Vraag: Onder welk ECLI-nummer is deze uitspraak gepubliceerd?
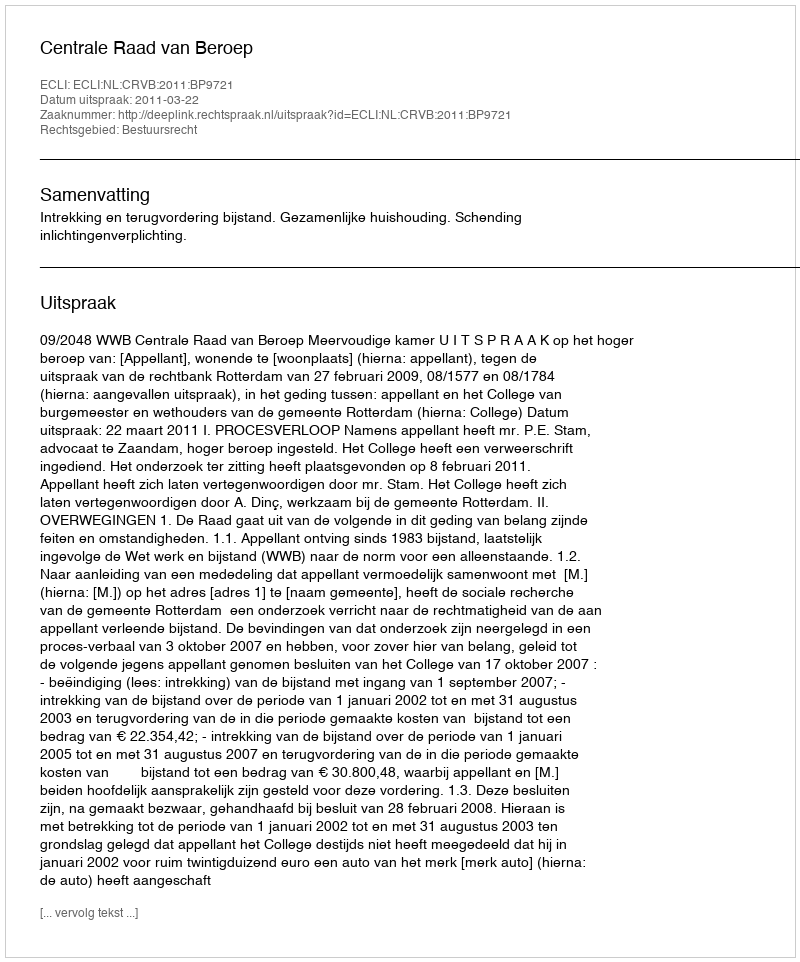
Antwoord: ECLI:NL:CRVB:2011:BP9721